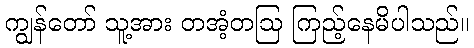
ကျွန်တော် သူ့အား တအံ့တဩ ကြည့်နေမိပါသည်။